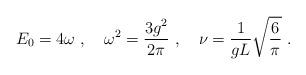
LaTeX: \begin{align*}E_{0} = 4 \omega \ , \quad \omega^{2} = \frac{3g^{2}}{2\pi} \ , \quad\nu = \frac{1}{gL} \sqrt{\frac{6}{\pi}} \ .\end{align*}